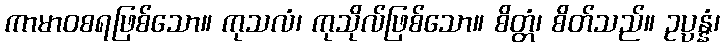
ကာမာဝစရဖြစ်သော။ ကုသလံ၊ ကုသိုလ်ဖြစ်သော။ စိတ္တံ၊ စိတ်သည်။ ဥပ္ပန္နံ၊